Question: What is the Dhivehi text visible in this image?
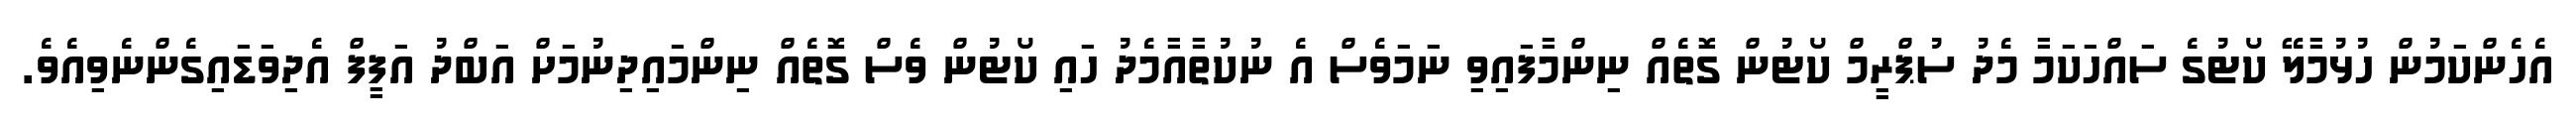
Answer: އެހެންކަމުން ހުޅުމާލޭ ކޯޓުގެ ސައްހަކަމާ މެދު ސުޕްރީމް ކޯޓުން ގޮތެއް ނިންމާފައިވި ނަމަވެސް އެ ނުކުތާއާމެދު ހައި ކޯޓުން ވެސް ގޮތެއް ނިންމައިދިނުމަށް އަބްދު އަފީފް އެދިވަޑައިގެންނެވިއެވެ.